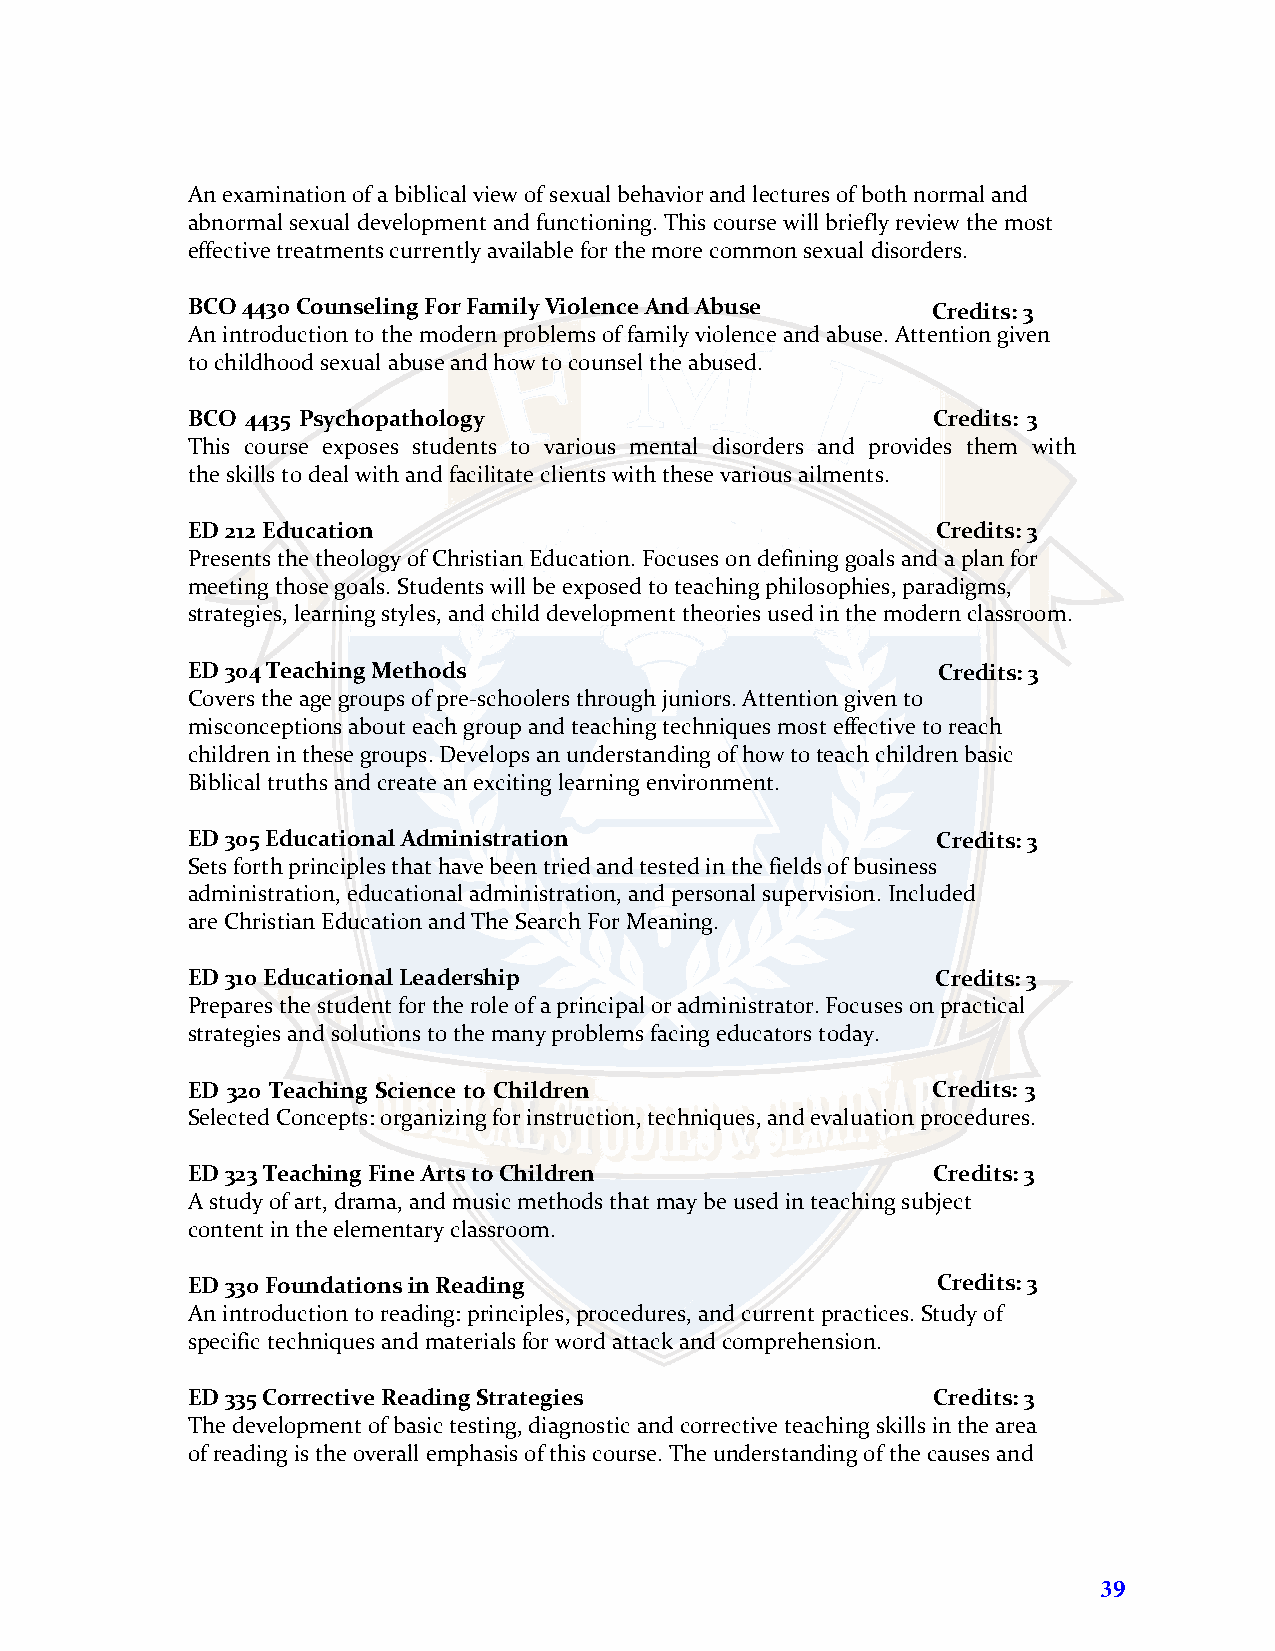
An examination of a biblical view of sexual behavior and lectures of both normal and
 abnormal sexual development and functioning. This course will briefly review the most
 effective treatments currently available for the more common sexual disorders.
 BCO 4430 Counseling For Family Violence And Abuse Credits: 3
 An introduction to the modern problems of family violence and abuse. Attention given
 to childhood sexual abuse and how to counsel the abused.
 BCO 4435 Psychopathology                          Credits: 3
 This course exposes students to various mental disorders and provides them with
 the skills to deal with and facilitate clients with these various ailments.
 ED 212 Education                                  Credits: 3
 Presents the theology of Christian Education. Focuses on defining goals and a plan for
 meeting those goals. Students will be exposed to teaching philosophies, paradigms,
 strategies, learning styles, and child development theories used in the modern classroom.
 ED 304 Teaching Methods                           Credits: 3
 Covers the age groups of pre-schoolers through juniors. Attention given to
 misconceptions about each group and teaching techniques most effective to reach
 children in these groups. Develops an understanding of how to teach children basic
 Biblical truths and create an exciting learning environment.
 ED 305 Educational Administration                 Credits: 3
 Sets forth principles that have been tried and tested in the fields of business
 administration, educational administration, and personal supervision. Included
 are Christian Education and The Search For Meaning.
 ED 310 Educational Leadership                     Credits: 3
 Prepares the student for the role of a principal or administrator. Focuses on practical
 strategies and solutions to the many problems facing educators today.
 ED 320 Teaching Science to Children               Credits: 3
 Selected Concepts: organizing for instruction, techniques, and evaluation procedures.
 ED 323 Teaching Fine Arts to Children             Credits: 3
 A study of art, drama, and music methods that may be used in teaching subject
 content in the elementary classroom.
 ED 330 Foundations in Reading                     Credits: 3
 An introduction to reading: principles, procedures, and current practices. Study of
 specific techniques and materials for word attack and comprehension.
 ED 335 Corrective Reading Strategies              Credits: 3
 The development of basic testing, diagnostic and corrective teaching skills in the area
 of reading is the overall emphasis of this course. The understanding of the causes and
 39